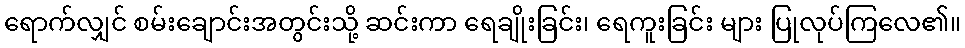
ရောက်လျှင် စမ်းချောင်းအတွင်းသို့ ဆင်းကာ ရေချိုးခြင်း၊ ရေကူးခြင်း များ ပြုလုပ်ကြလေ၏။